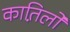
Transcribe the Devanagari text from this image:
कात़िलों